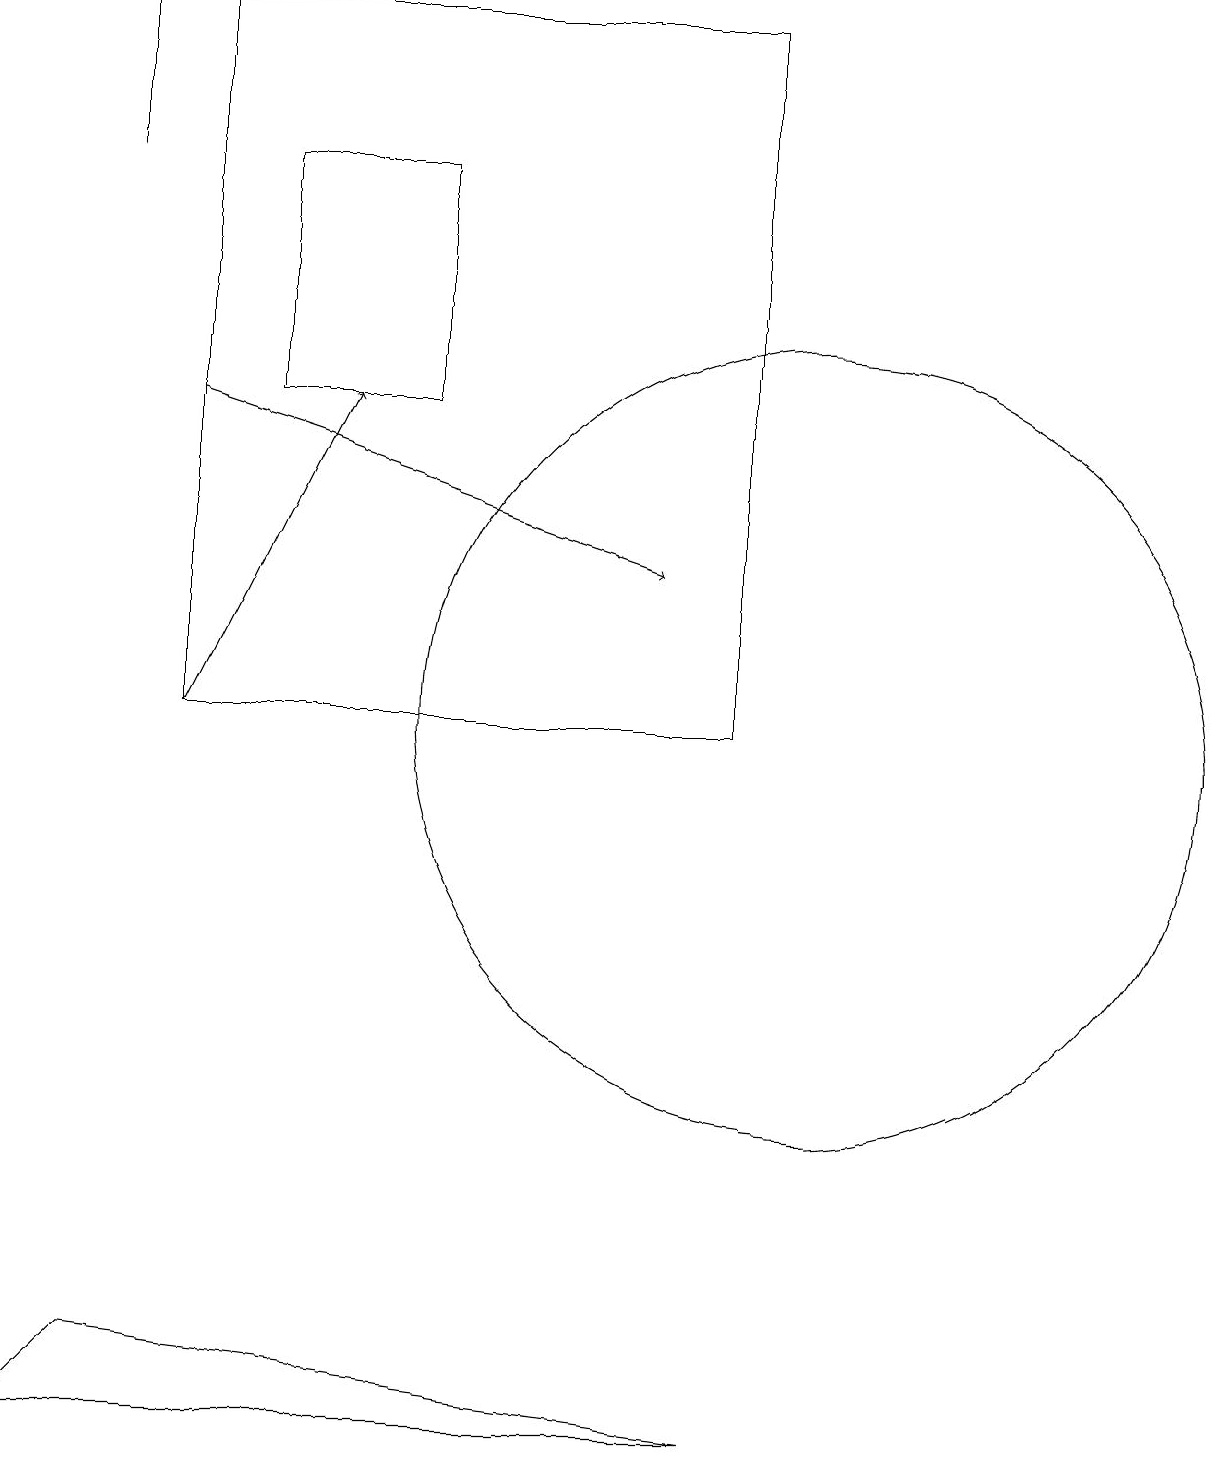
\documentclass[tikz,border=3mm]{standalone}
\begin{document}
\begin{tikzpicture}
\draw (3,14) rectangle (5,17);
\draw (10,10) circle (5);
\draw (0,1) -- (9,1) -- (1,2) -- cycle;
\draw (1,19) rectangle (1,17);
\draw[->] (2,10) -- (4,14);
\draw (2,19) rectangle (9,10);
\draw[->] (2,14) -- (8,12);
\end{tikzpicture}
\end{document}